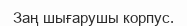
Заң шығарушы корпус.